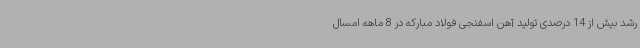
رشد بیش از 14 درصدی تولید آهن اسفنجی فولاد مبارکه در 8 ماهه امسال